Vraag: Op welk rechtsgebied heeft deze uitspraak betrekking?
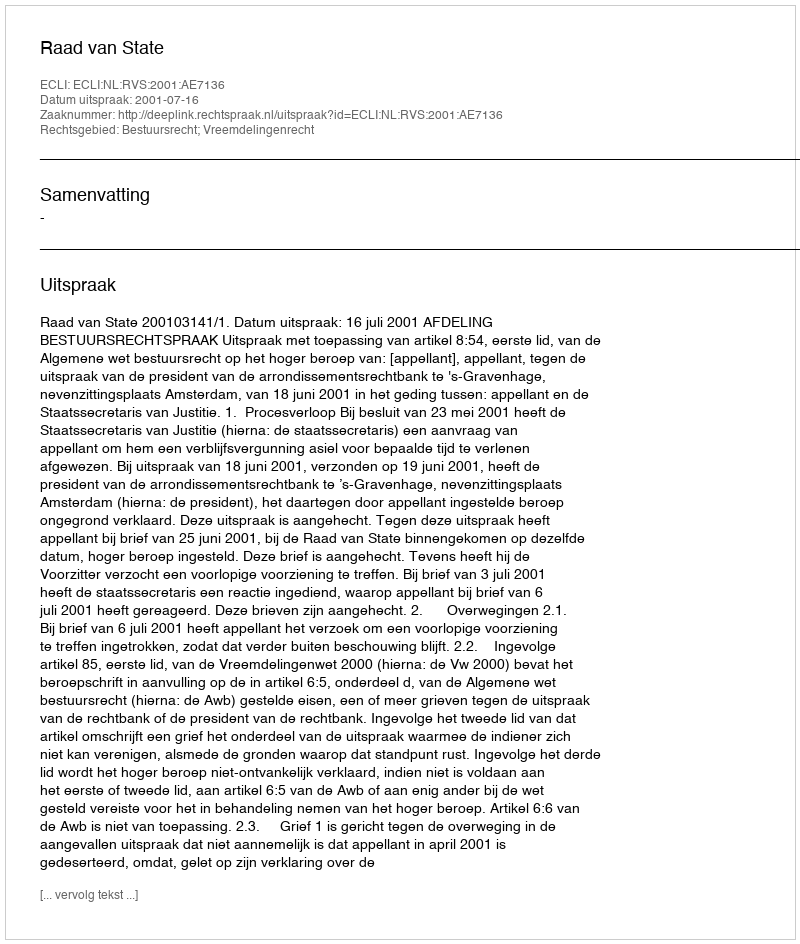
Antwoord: Bestuursrecht; Vreemdelingenrecht